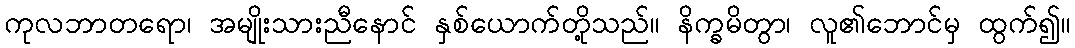
ကုလဘာတရော၊ အမျိုးသားညီနောင် နှစ်ယောက်တို့သည်။ နိက္ခမိတွာ၊ လူ၏ဘောင်မှ ထွက်၍။